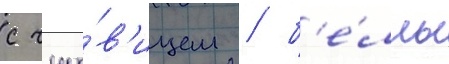
с чудо́в'ищем / б'е́лль